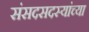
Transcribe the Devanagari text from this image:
संसदसदस्यांच्या